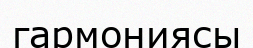
гармониясы